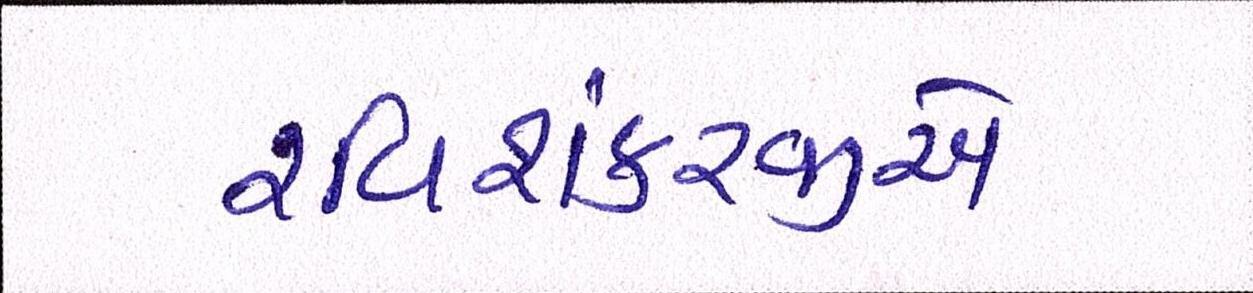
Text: રવિશંકરજીએ